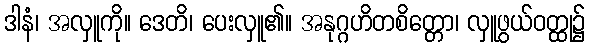
ဒါနံ၊ အလှူကို။ ဒေတိ၊ ပေးလှူ၏။ အနုဂ္ဂဟိတစိတ္တော၊ လှူဖွယ်ဝတ္ထု၌